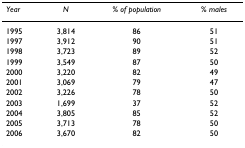
<table><thead><tr><td><b><i>Year</i></b></td><td><b><i>N</i></b></td><td><b><i>% of population</i></b></td><td><b><i>% males</i></b></td></tr></thead><tbody><tr><td>1995</td><td>3,814</td><td>86</td><td>51</td></tr><tr><td>1997</td><td>3,912</td><td>90</td><td>51</td></tr><tr><td>1998</td><td>3,723</td><td>89</td><td>52</td></tr><tr><td>1999</td><td>3,549</td><td>87</td><td>50</td></tr><tr><td>2000</td><td>3,220</td><td>82</td><td>49</td></tr><tr><td>2001</td><td>3,069</td><td>79</td><td>47</td></tr><tr><td>2002</td><td>3,226</td><td>78</td><td>50</td></tr><tr><td>2003</td><td>1,699</td><td>37</td><td>52</td></tr><tr><td>2004</td><td>3,805</td><td>85</td><td>52</td></tr><tr><td>2005</td><td>3,713</td><td>78</td><td>50</td></tr><tr><td>2006</td><td>3,670</td><td>82</td><td>50</td></tr></tbody></table>